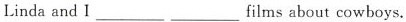
Linda and I ___ ___films about cowboys.